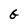
Character: G